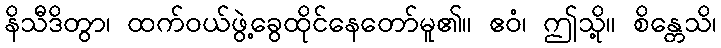
နိသီဒိတွာ၊ ထက်ဝယ်ဖွဲ့ခွေထိုင်နေတော်မူ၏။ ဧဝံ၊ ဤသို့။ စိန္တေသိ၊